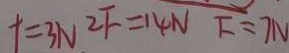
t = 3 N 2 F = 1 4 N F = 7 N